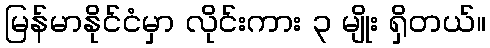
မြန်မာနိုင်ငံမှာ လိုင်းကား ၃ မျိုး ရှိတယ်။